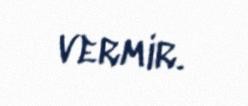
vermir.